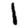
Digit: 1